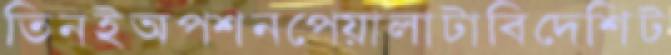
তিনইঅপশনপেয়ালাটাবিদেশিট